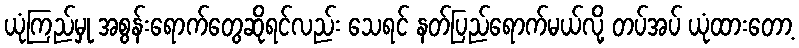
ယုံကြည်မှု အစွန်းရောက်တွေဆိုရင်လည်း သေရင် နတ်ပြည်ရောက်မယ်လို့ တပ်အပ် ယုံထားတော့